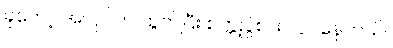
ခုတော့ အလုပ်က ထွက်ပြီး စက္ကူပွဲစား လုပ်နေတယ်။